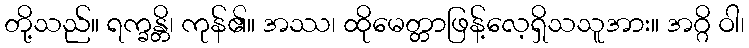
တို့သည်။ ရက္ခန္တိ၊ ကုန်၏။ အဿ၊ ထိုမေတ္တာဖြန့်လေ့ရှိသသူအား။ အဂ္ဂိ ဝါ၊